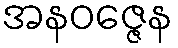
အနဝဇ္ဇေန